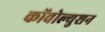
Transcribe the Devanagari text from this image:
कोंवोल्युशन